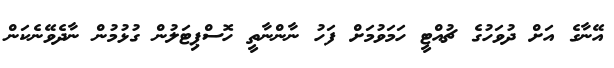
އޭނާގެ އަށް ދުވަހުގެ ޗުއްޓީ ހަމަވުމަށް ފަހު ނާންނާތީ ހޮސްޕިޓަލުން ގުޅުމުން ނާދެވޭނެކަން